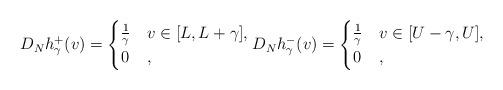
LaTeX: \begin{align*}D_N h^+_\gamma (v) = \begin{cases} \frac 1\gamma & v\in [L,L+\gamma],\\ 0 &,\end{cases}D_N h^-_\gamma (v) = \begin{cases} \frac 1\gamma & v\in [U-\gamma,U],\\ 0 &,\end{cases}\end{align*}